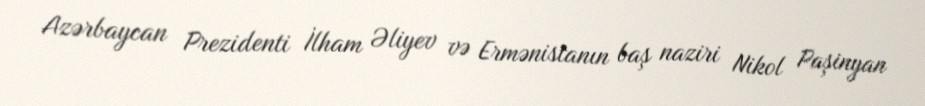
Azərbaycan Prezidenti İlham Əliyev və Ermənistanın baş naziri Nikol Paşinyan